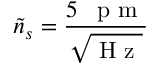
\tilde { n } _ { s } = \frac { 5 \mathrm { ~ \, ~ p ~ m ~ } } { \sqrt { \mathrm { ~ H ~ z ~ } } }